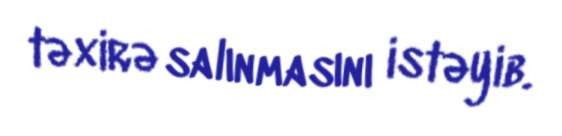
təxirə salınmasını istəyib.